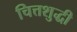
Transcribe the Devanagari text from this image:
चित्तशुद्धी